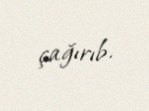
çağırıb.